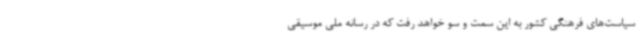
سیاست‌های فرهنگی کشور به این سمت و سو خواهد رفت که در رسانه ملی موسیقی